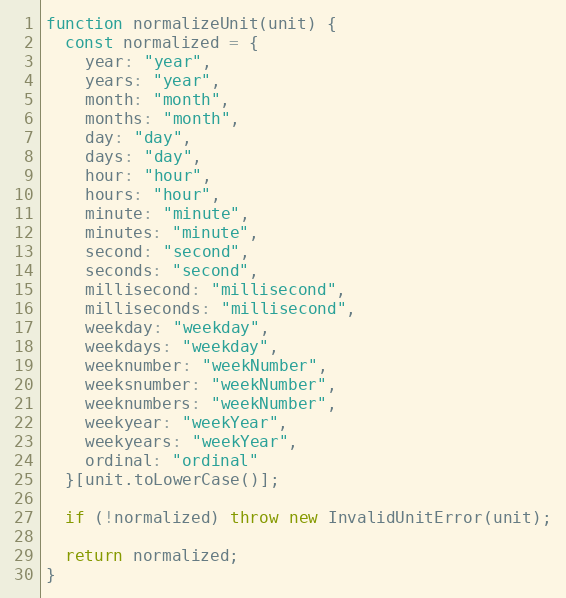
Language: JavaScript
function normalizeUnit(unit) {
  const normalized = {
    year: "year",
    years: "year",
    month: "month",
    months: "month",
    day: "day",
    days: "day",
    hour: "hour",
    hours: "hour",
    minute: "minute",
    minutes: "minute",
    second: "second",
    seconds: "second",
    millisecond: "millisecond",
    milliseconds: "millisecond",
    weekday: "weekday",
    weekdays: "weekday",
    weeknumber: "weekNumber",
    weeksnumber: "weekNumber",
    weeknumbers: "weekNumber",
    weekyear: "weekYear",
    weekyears: "weekYear",
    ordinal: "ordinal"
  }[unit.toLowerCase()];

  if (!normalized) throw new InvalidUnitError(unit);

  return normalized;
}